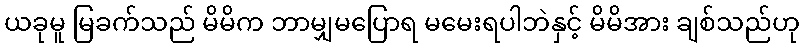
ယခုမူ မြခက်သည် မိမိက ဘာမျှမပြောရ မမေးရပါဘဲနှင့် မိမိအား ချစ်သည်ဟု